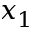
x _ { 1 }